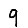
Digit: 9